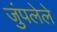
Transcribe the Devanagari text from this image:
जुंपलेले